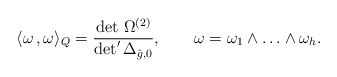
\begin{align*}\langle \omega\,,\omega\rangle_Q={\det\,\Omega^{(2)}\over \det' \Delta_{\hat g,0}},\qquad\omega=\omega_1\wedge \ldots\wedge \omega_h.\end{align*}